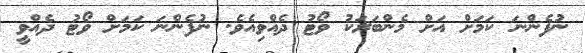
ނުފެންނަ ކަމަށް އަށް މެންބަރަކު ވޯޓު ދެއްވިއެވެ. ނުފެންނަ ކަމަށް ވޯޓު ދެއްވީ